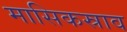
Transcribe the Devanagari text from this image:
मासिकस्राव